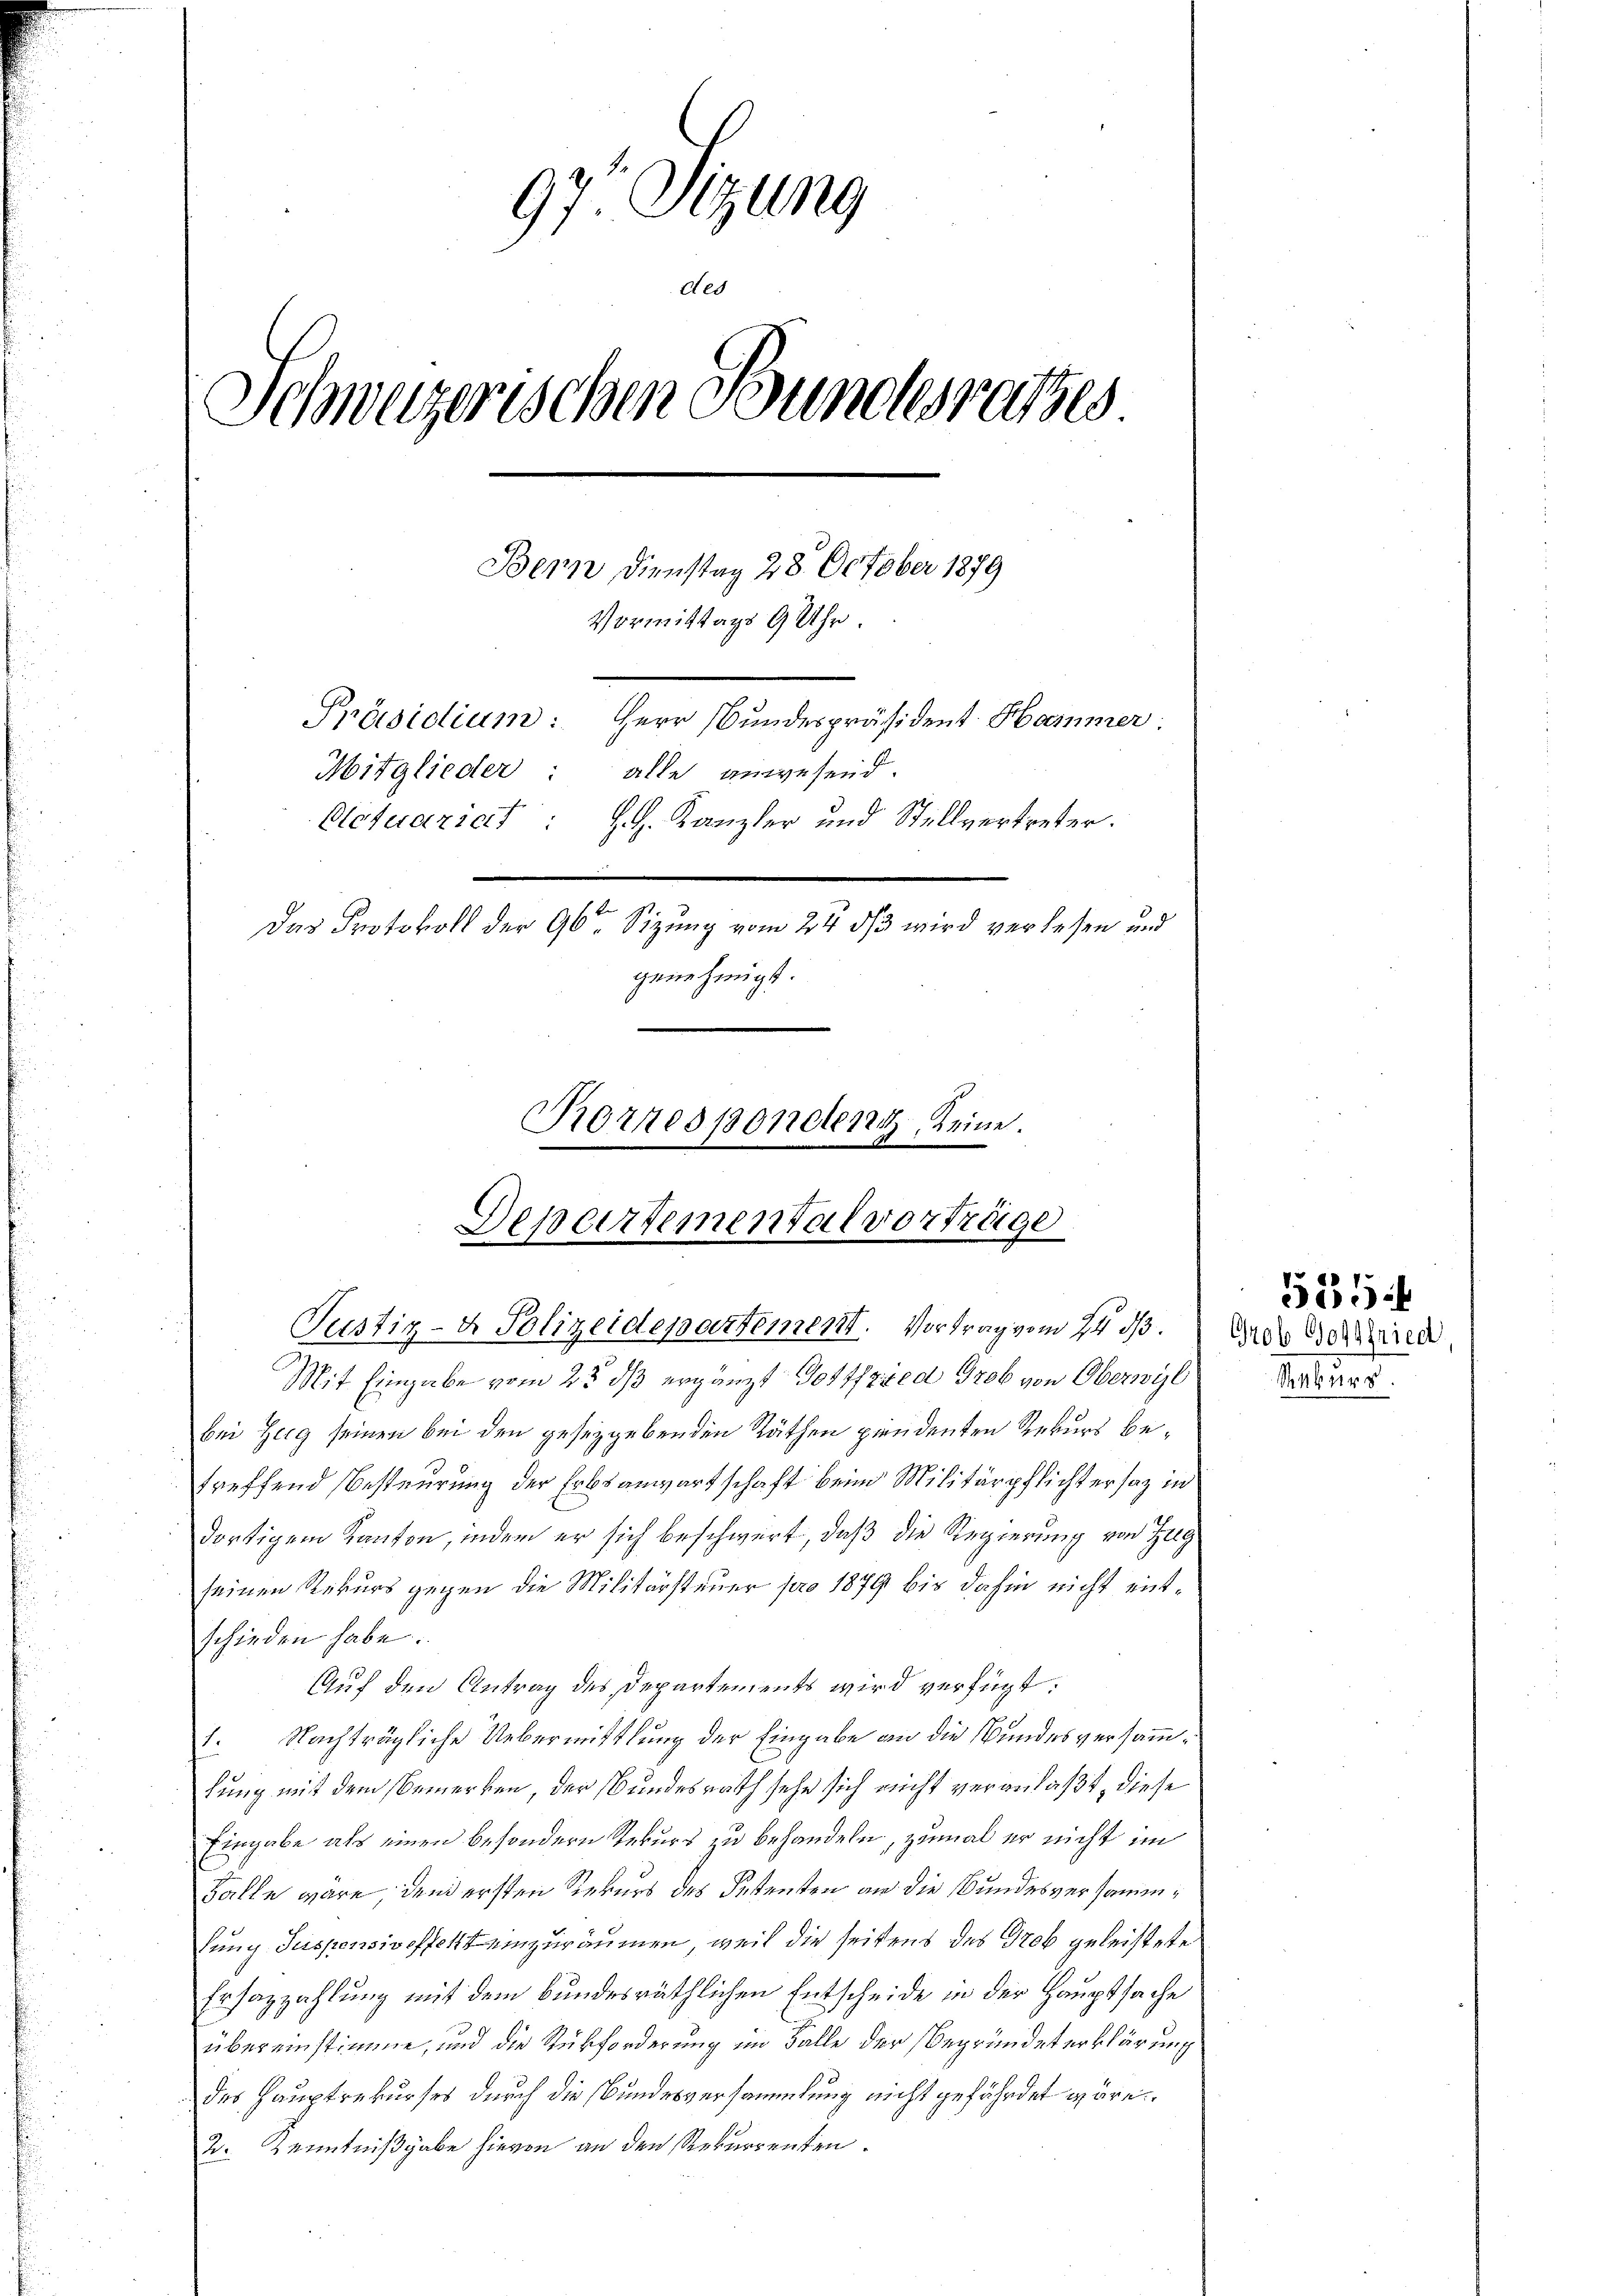
97 Sizung
Aes
Schweizerischen Bundesrathes
Bern Dienstag 28. October 1879
Vormittags 9 Uhr.
Präsidium: Herr Bundespräsident Hammer:
Mitglieder: alle anwesend.
Bletuazicf
J. H. Kanzler und Stellvertreter.
Das Protokoll der 96. Sizung vom 24 dß wird verlesen und
genehmigt.

Rorresponden keine.

Departemental vorträge
Justiz- & Polizeidepartement. Vortrag vom 24. ds.

Mit Eingabe vom 25. dß ergänzt Gottfried Grob von Oberwyl
bei Zerg seinen bei den gesetzgebenden Räthen pendenten Rekurs betreffend Besteurung der Erbsanwartschaft beim Militärpflichtersaz in
dortigem Kanton, indem er sich beschwert, daß die Regierung von Zug
seinen Rekurs gegen die Militärsteuer pro 1879 bis dahin nicht entschieden habe.
Auf den Antrag des Departements wird verfügt:
1. Nachträgliche Uebermittlung der Eingabe an die Bundesversammlung mit dem Bemerken, der Bundesrath sehe sich nicht veranlaßt, diese
Eingabe als einen besondern Rekurs zu behandeln, zumal er nicht im
Balle wäre, den ersten Rekurs des Petenten an die Bundesversammlung Suspensiveffekt einzuräumen, weil die seitens des Grob geleistete
Ersatzahlung mit dem bundesräthlichen Entscheide in der Hauptsache
übereinstimme, und die Rückforderung im Falle der Begründeterklärung
des Hauptrekurses durch die Bundesversammlung nicht gefährdet wäre.
2. Kenntnißgabe hievon an den Rekurrenten.

Grob Gottfried,
Rekurs

585